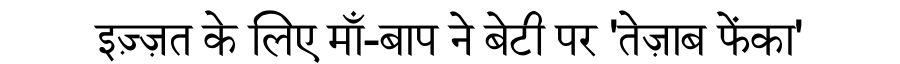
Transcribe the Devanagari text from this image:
इज़्ज़त के लिए माँ-बाप ने बेटी पर 'तेज़ाब फेंका'